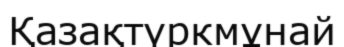
Қазақтүркмұнай